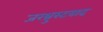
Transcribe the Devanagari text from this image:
जरथ्रुस्टवाद